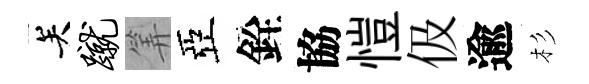
关蹴筭亞銓協愷伋逾杉